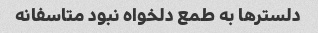
دلستر‌ها به طمع دلخواه نبود متاسفانه